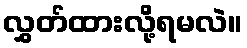
လွှတ်ထားလို့ရမလဲ။